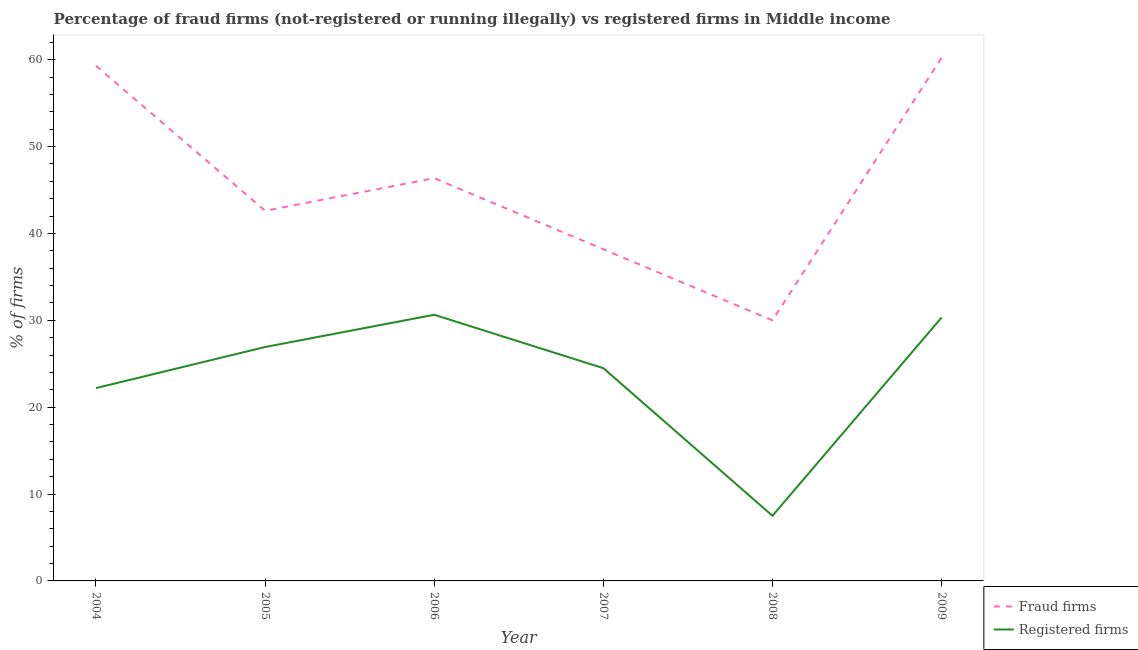
| Year | Fraud firms | Registered firms |
 | --- | --- | --- |
 | 2004 | 59.3 | 22.2 |
 | 2005 | 42.6 | 26.9 |
 | 2006 | 46.4 | 30.6 |
 | 2007 | 38.2 | 24.5 |
 | 2008 | 30 | 7.5 |
 | 2009 | 60.2 | 30.3 |